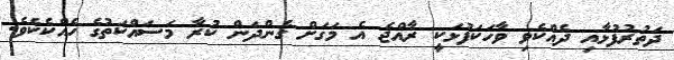
ދަތުރުފުޅާއި ދެއްކެވި ވާހަކަފުޅަކީ ރާއްޖެ އެ މަގަށް ގެންދަން ކުރާ މަސައްކަތުގެ ހެއްކެކެވެ.